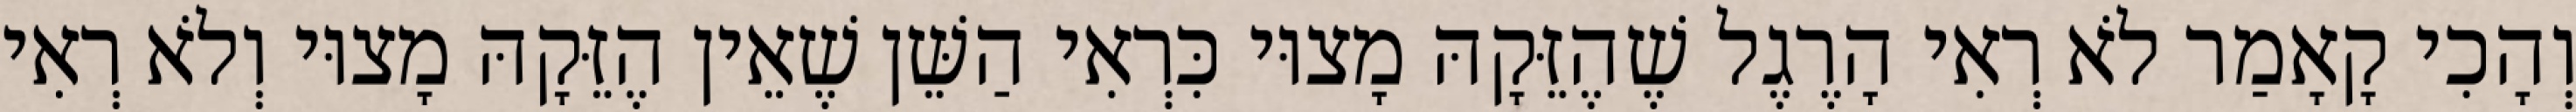
וְהָכִי קָאָמַר לֹא רְאִי הָרֶגֶל שֶׁהֶזֵּקָהּ מָצוּי כִּרְאִי הַשֵּׁן שֶׁאֵין הֶזֵּקָהּ מָצוּי וְלֹא רְאִי